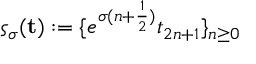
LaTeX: \varsigma _ { \sigma } ( { \bf t } ) : = \{ e ^ { \sigma ( n + \frac { 1 } { 2 } ) } t _ { 2 n + 1 } \} _ { n \geq 0 }